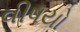
વીષયો